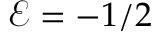
\mathcal { E } = - 1 / 2